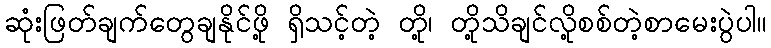
ဆုံးဖြတ်ချက်တွေချနိုင်ဖို့ ရှိသင့်တဲ့ တို့၊ တို့သိချင်လို့စစ်တဲ့စာမေးပွဲပါ။